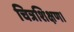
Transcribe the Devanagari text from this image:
चित्रशिक्षण।